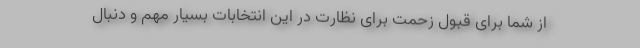
از شما برای قبول زحمت برای نظارت در این انتخابات بسیار مهم و دنبال